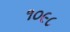
૧૦૯૮